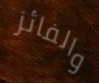
والفائز